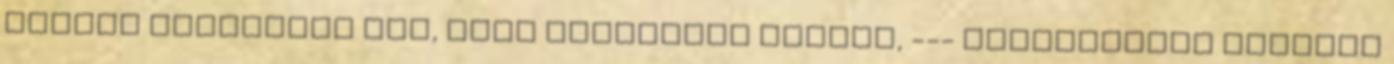
szívet illetőleg jók, észt illetőleg naivak, --- merőlegesek hidegek